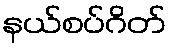
နယ်စပ်ဂိတ်